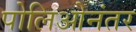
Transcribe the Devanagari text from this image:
पोलिओनंतर